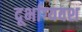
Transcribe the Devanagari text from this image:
दूर्भाग्यवश